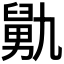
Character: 𰯺